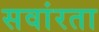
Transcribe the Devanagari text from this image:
सवांरता